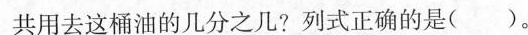
共用去这桶油的几分之几?列式正确的是( ) 。